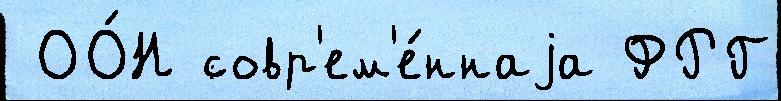
 ОО́Н совр'ем'е́ннаjа ФРГ